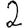
Digit: 2